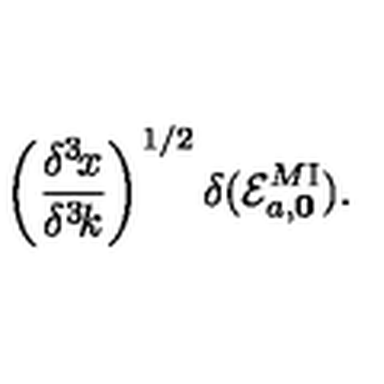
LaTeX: \left( { \frac { \delta ^ { 3 } \! x } { \delta ^ { 3 } \! k } } \right) ^ { 1 / 2 } \delta ( { \cal E } _ { a , \bf 0 } ^ { M \mathrm { I } } ) .